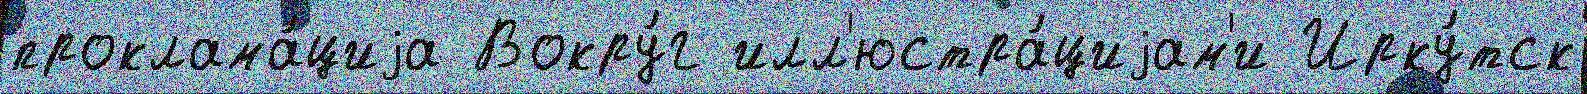
проклама́циjа Вокру́г илл'юстра́циjам'и Ирку́тск